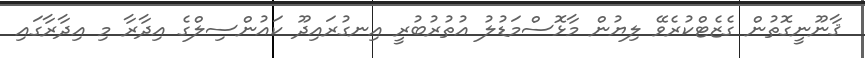
ޤާނޫނީގޮތުން ގެޒެޓްކުރެވޭ ލިޔުން މާޅޮސްމަޑުލު އުތުރުބުރީ އިނގުރައިދޫ ކައުންސިލްގެ އިދާރާ މި އިދާރާގައި